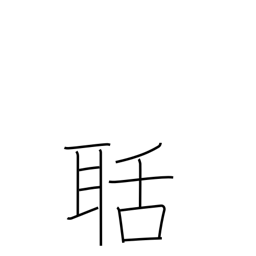
Meaning: noisy